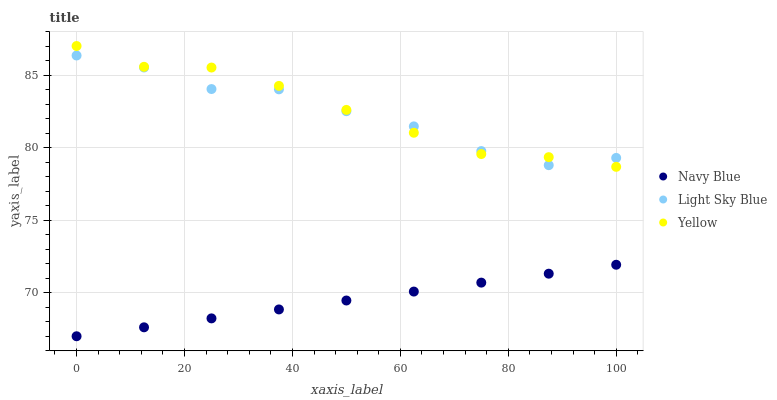
| xaxis_label | Navy Blue | Light Sky Blue | Yellow |
 | --- | --- | --- | --- |
 | 0 | 67 | 86.3 | 87 |
 | 12.5 | 67.6 | 85.5 | 85.6 |
 | 25 | 68.2 | 84 | 85.5 |
 | 37.5 | 68.8 | 84 | 84.3 |
 | 50 | 69.5 | 82.5 | 82.6 |
 | 62.5 | 70.1 | 81.5 | 81 |
 | 75 | 70.7 | 79.8 | 79.6 |
 | 87.5 | 71.3 | 78.8 | 79.3 |
 | 100 | 71.9 | 79.3 | 78.7 |